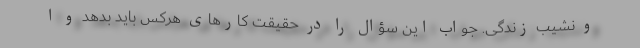
و نشیب زندگی. جواب این سؤال را در حقیقت کارهای هرکس باید بدهد و ا